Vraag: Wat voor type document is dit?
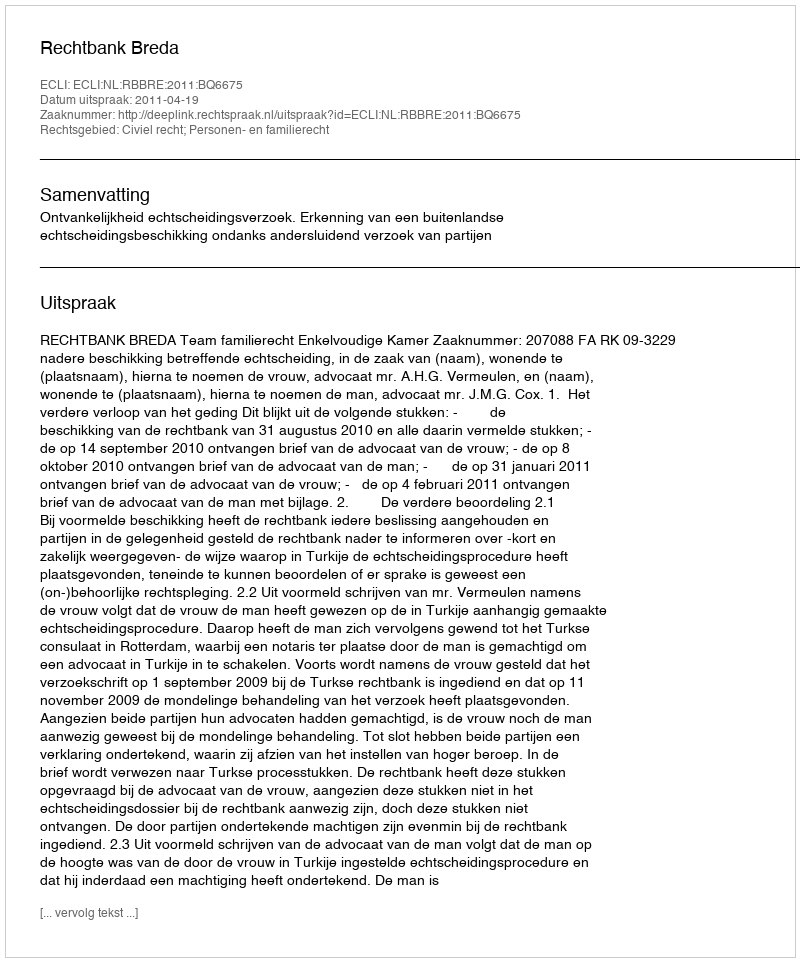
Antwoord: Uitspraak